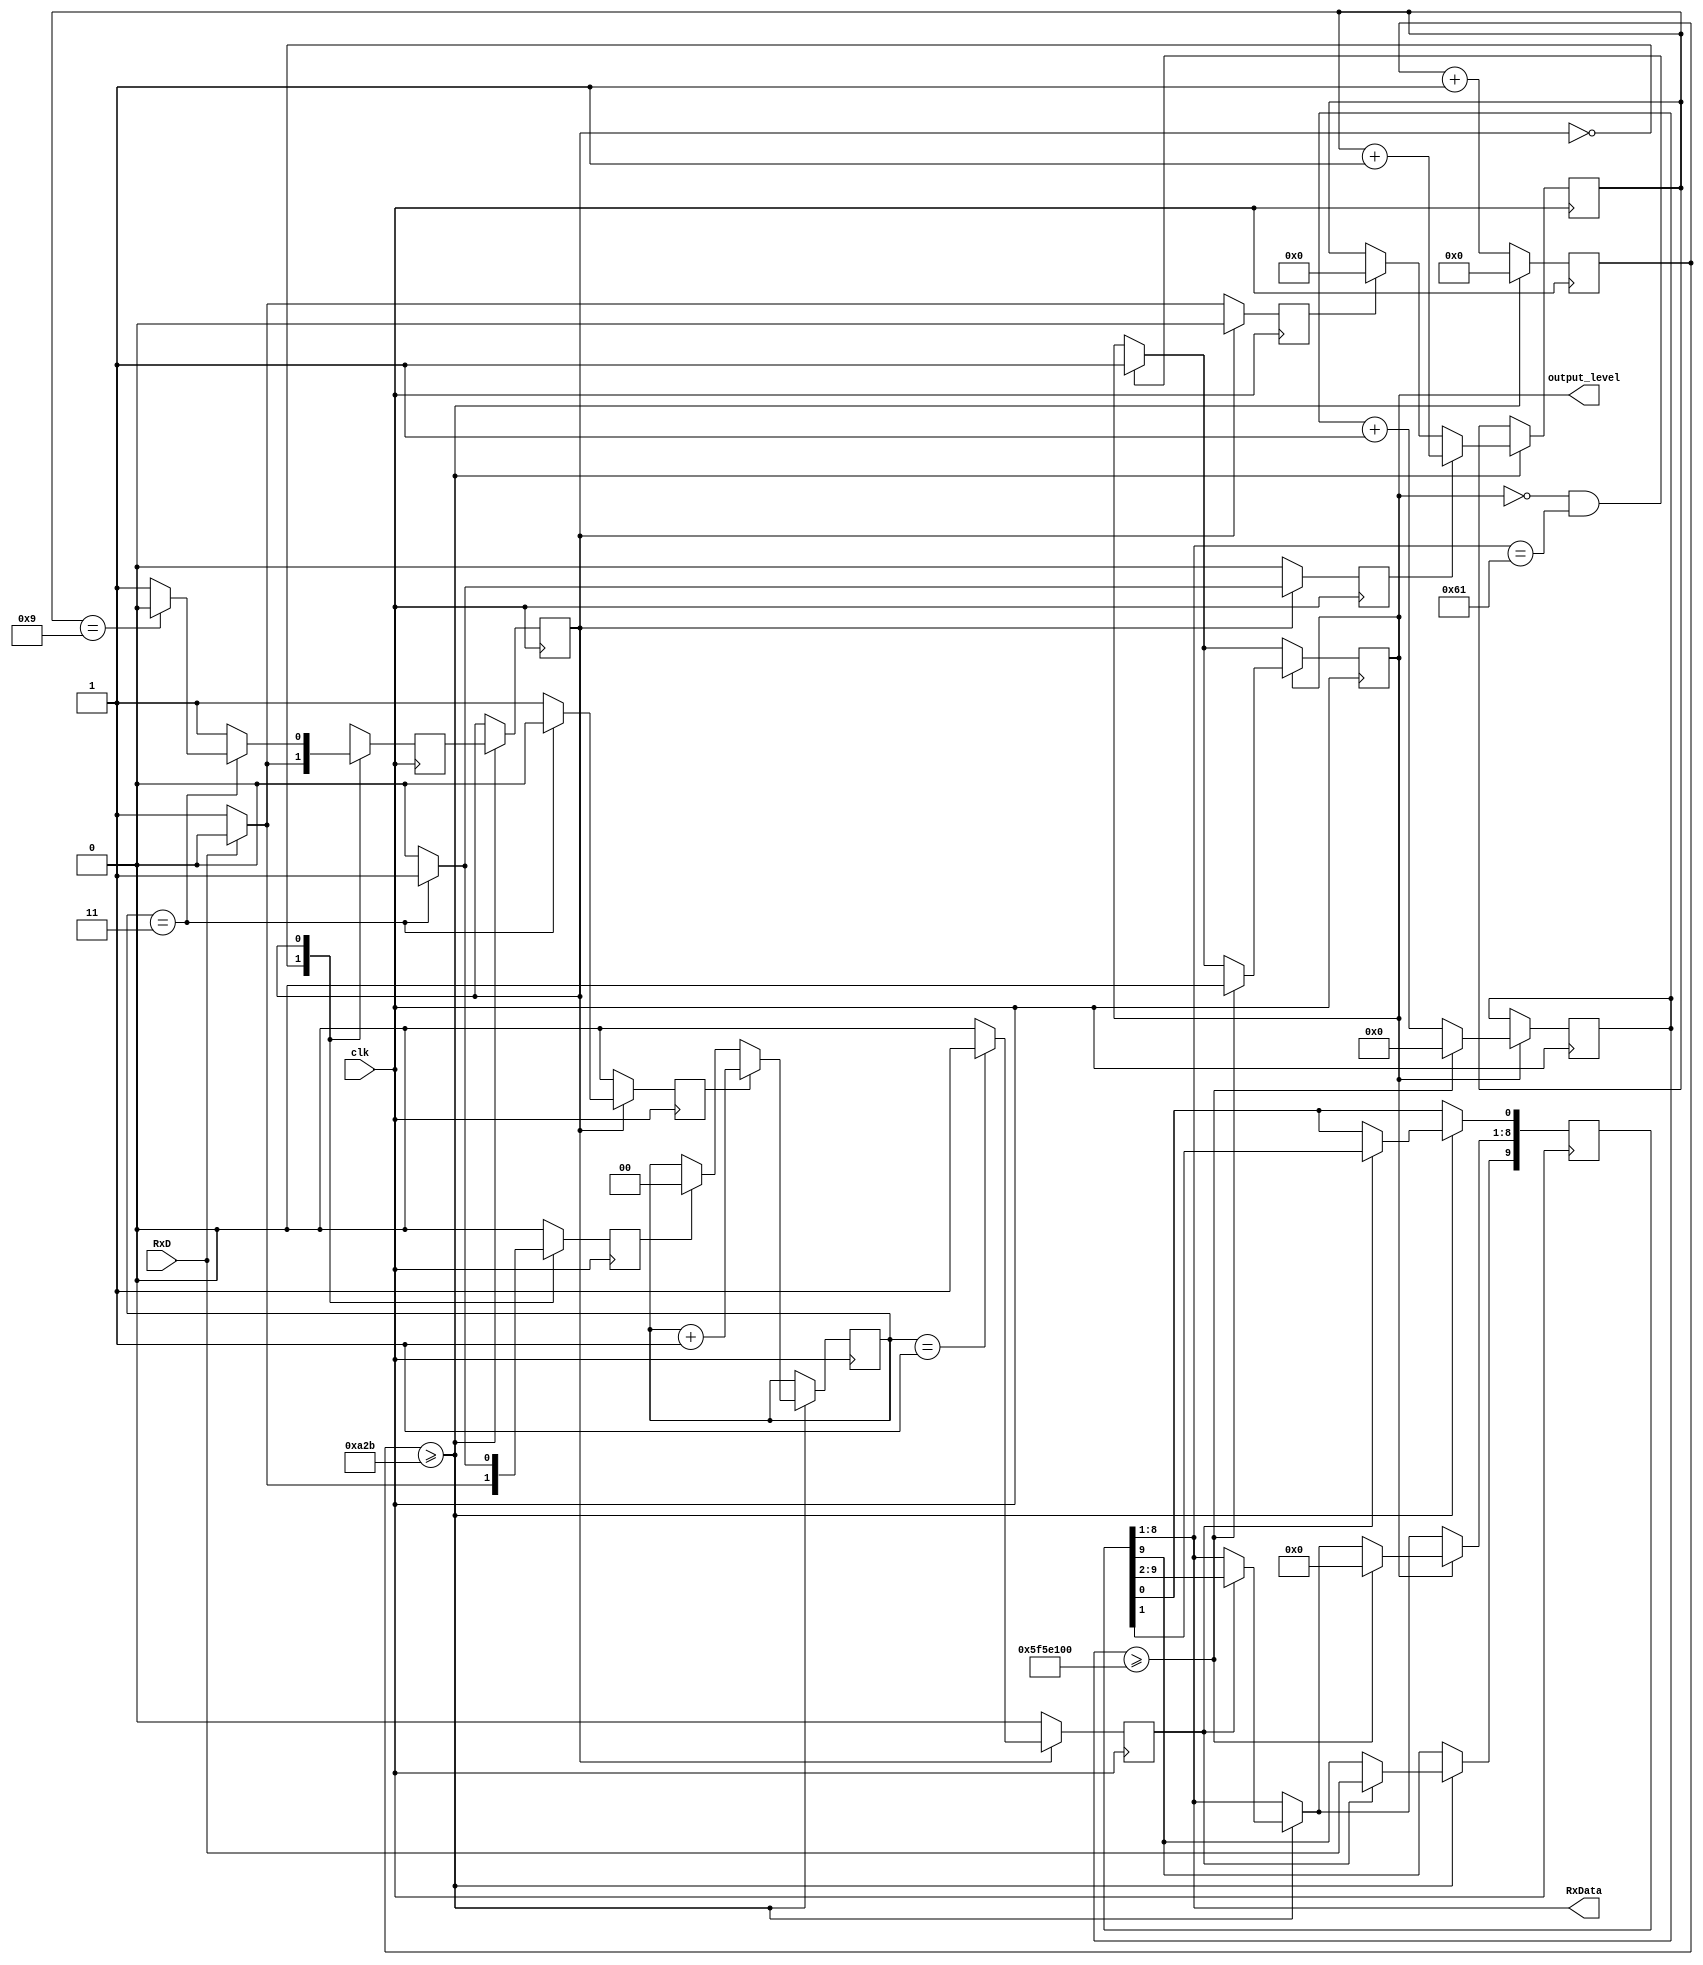
`timescale 1ns / 1ps
//////////////////////////////////////////////////////////////////////////////////
// Company: 
// Engineer: 
// 
// Design Name: 
// Module Name: UART_receiver_for_reset
// Project Name: 
// Target Devices: 
// Tool Versions: 
// Description: 
// 
// Dependencies: 
// 
// Revision:
// Revision 0.01 - File Created
// Additional Comments:
// 
//////////////////////////////////////////////////////////////////////////////////


module UART #(parameter reset_key  =  8'b01100001)( // UART (Asynchronous) receiver, that gives pulse on output_level when 'a' keyboard key ascii value is received
 input clk,// input clock
 //input reset, // reset should be normally an input wire that is used to initialize some registers to 0, but in our remote case we don't have 
//access to any GPIOs to use for reset, so we specify reg initial values directly to 0 instead of waiting for a reset signal to do so (for example reg 
//state = 0;), take care that a wire doesn't have storage so an initial value to it doesn't make sense.
 input RxD, // input receiving data line
 output [7:0] RxData, // output for 8 bits data
 output output_level); // output level);
 
 //internal variables
 reg [3:0] bitcounter = 0; // 4 bits counter to count if 10 bits data transmission complete or not
 reg [1:0] samplecounter = 0; // 2 bits sample counter to count up to 4 for oversampling
 reg clear_bitcounter, inc_bitcounter, inc_samplecounter, clear_samplecounter; // clear or increment the counter
 reg [13:0] counter = 0; // 14 bits counter to count the baud rate (symbol rate) for UART receiving
 reg state = 0; // initial state variable (mealy finite state machine)
 reg nextstate; // next state variable (mealy finite state machine)
 reg shift; // signal to indicate shifting data is ready
 reg [9:0] rxshiftreg; // 10 bits data needed to be shifted in during transmission. For storing the serial package and sending its bits one by one. 
//The least significant bit is initialized with the binary value 0 (a start bit) A binary value 1 is introduced in the most significant bit
 reg output_reset = 0; // our output reset
 reg [31:0] time_counter = 0; // needed for our output reset
 // Constants (a parameter infers its type from its value)
 parameter clk_freq = 100_000_000; // system clock frequency
 parameter baud_rate = 9_600; // baud rate (should be agreed upon with the transmitter)
 parameter oversamples = 4; // oversampling
 parameter reset_counter = clk_freq/(baud_rate*oversamples); // counter upper bound
 // <------------ 100M clock cycles ----------->
 // <------------ 9,600 bits ------------------>
 // <------------ 9,600x4 samples ------------->
 // reset_counter = 2604, means counter goes from 0 to 2604 (during that time I should take 1 sample)
 parameter counter_mid_sample = (oversamples/2); // this is the middle point of a bit where you want to sample it
 parameter num_bit = 10; // 1 start, 8 data, 1 stop
// parameter reset_key = x; // 8'b01100001; is the binary value of the ASCII character of small 'a' keyboard button
 parameter reset_high_seconds = 1;
 parameter reset_time_counter = clk_freq*reset_high_seconds;
 assign RxData = rxshiftreg [8:1]; // assign the RxData from the shiftregister
 assign output_level = output_reset;
 // UART receiver logic
 always @ (posedge clk) begin
 counter <= counter +1; // start count in the counter
 if (counter >= reset_counter-1) begin // if counter reach the baud rate with sampling 
 counter <=0; //reset the counter
 state <= nextstate; // assign the state to nextstate
 if (shift)rxshiftreg <= {RxD,rxshiftreg[9:1]}; //if shift asserted, load the receiving data
 if (clear_samplecounter) samplecounter <=0; // if clear sampl counter asserted, reset sample counter
 if (inc_samplecounter) samplecounter <= samplecounter +1; //if increment counter asserted, start sample count
 if (clear_bitcounter) bitcounter <=0; // if clear bit counter asserted, reset bit counter
 if (inc_bitcounter)bitcounter <= bitcounter +1; // if increment bit counter asserted, start count bit counter
 end
 
 // Handle our desired reset output
 if (output_reset == 0 && rxshiftreg[8:1] == reset_key)
 output_reset <= 1;
 if (output_reset == 1)
 if (time_counter >= reset_time_counter) begin
 time_counter <= 0;
 output_reset <= 0;
 rxshiftreg[8:1] <= 0;
 end
 else time_counter <= time_counter +1;
 end
 
 // Finite state machine
 always @ (posedge clk) begin //trigger by clock 
 shift <= 0; // set shift to 0 to avoid any shifting 
 clear_samplecounter <=0; // set clear sample counter to 0 to avoid reset
 inc_samplecounter <=0; // set increment sample counter to 0 to avoid any increment
 clear_bitcounter <=0; // set clear bit counter to 0 to avoid claring
 inc_bitcounter <=0; // set increment bit counter to avoid any count
 nextstate <=0; // set next state to be idle state
 case (state)
 0: begin // idle state
 if (RxD) // if input RxD data line asserted
 nextstate <=0; // back to idle state because RxD needs to be low to start transmission 
 else begin // if input RxD data line is not asserted
 nextstate <=1; // jump to receiving state 
 clear_bitcounter <=1; // trigger to clear bit counter
 clear_samplecounter <=1; // trigger to clear sample counter
 end
 end
 1: begin // receiving state
 nextstate <= 1; // DEFAULT 
 if (samplecounter == counter_mid_sample - 1) shift <= 1; // if sample counter is 1, trigger shift 
 if (samplecounter == oversamples - 1) begin // if sample counter is 3 as the sample rate used is 3
 if (bitcounter == num_bit - 1) // check if bit counter if 9 or not
 nextstate <= 0; // back to idle state if bit counter is 9 as receving is complete
 inc_bitcounter <=1; // trigger the increment bit counter if bit counter is not 9
 clear_samplecounter <=1; //trigger the sample counter to reset the sample counter
 end
 else inc_samplecounter <=1; // if sample is not equal to 3, keep counting
 end
 default: nextstate <=0; //default idle state
 endcase
 end
endmodule